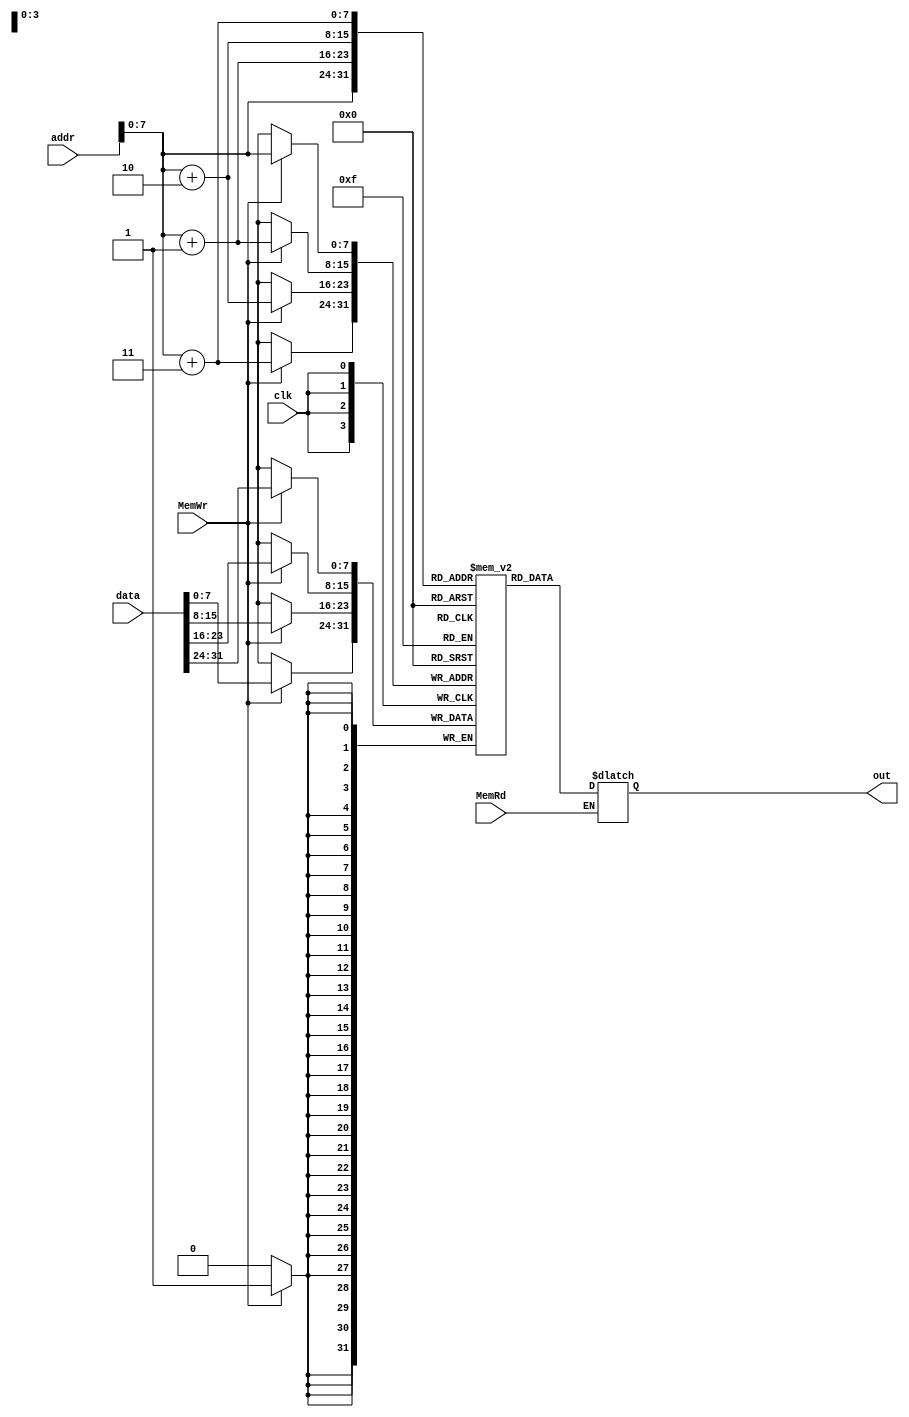
module DataMem(
    input clk,
    input [31:0] addr,
    input [31:0] data,
    input MemRd,
    input MemWr,
    output reg [31:0] out
);

reg [7:0] mem [0:128]; 

always@(*) begin
    if(MemRd) begin
        out[31:24]<=mem[addr];
        out[23:16]<=mem[addr+1];
        out[15:8]<=mem[addr+2];
        out[7:0]<=mem[addr+3];
    end
end

always@(negedge clk) begin
    if(MemWr) begin
        mem[addr]<=data[31:24];
        mem[addr+1]<=data[23:16];
        mem[addr+2]<=data[15:8];
        mem[addr+3]<=data[7:0];
    end
end

endmodule